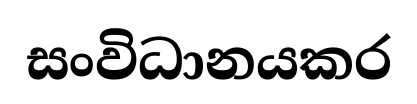
සංවිධානයකර